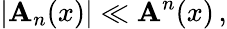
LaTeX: \left|{\cal\mathbf{A}}_{n}(x)\right|\ll{\cal\mathbf{A}}^{n}(x)\, ,